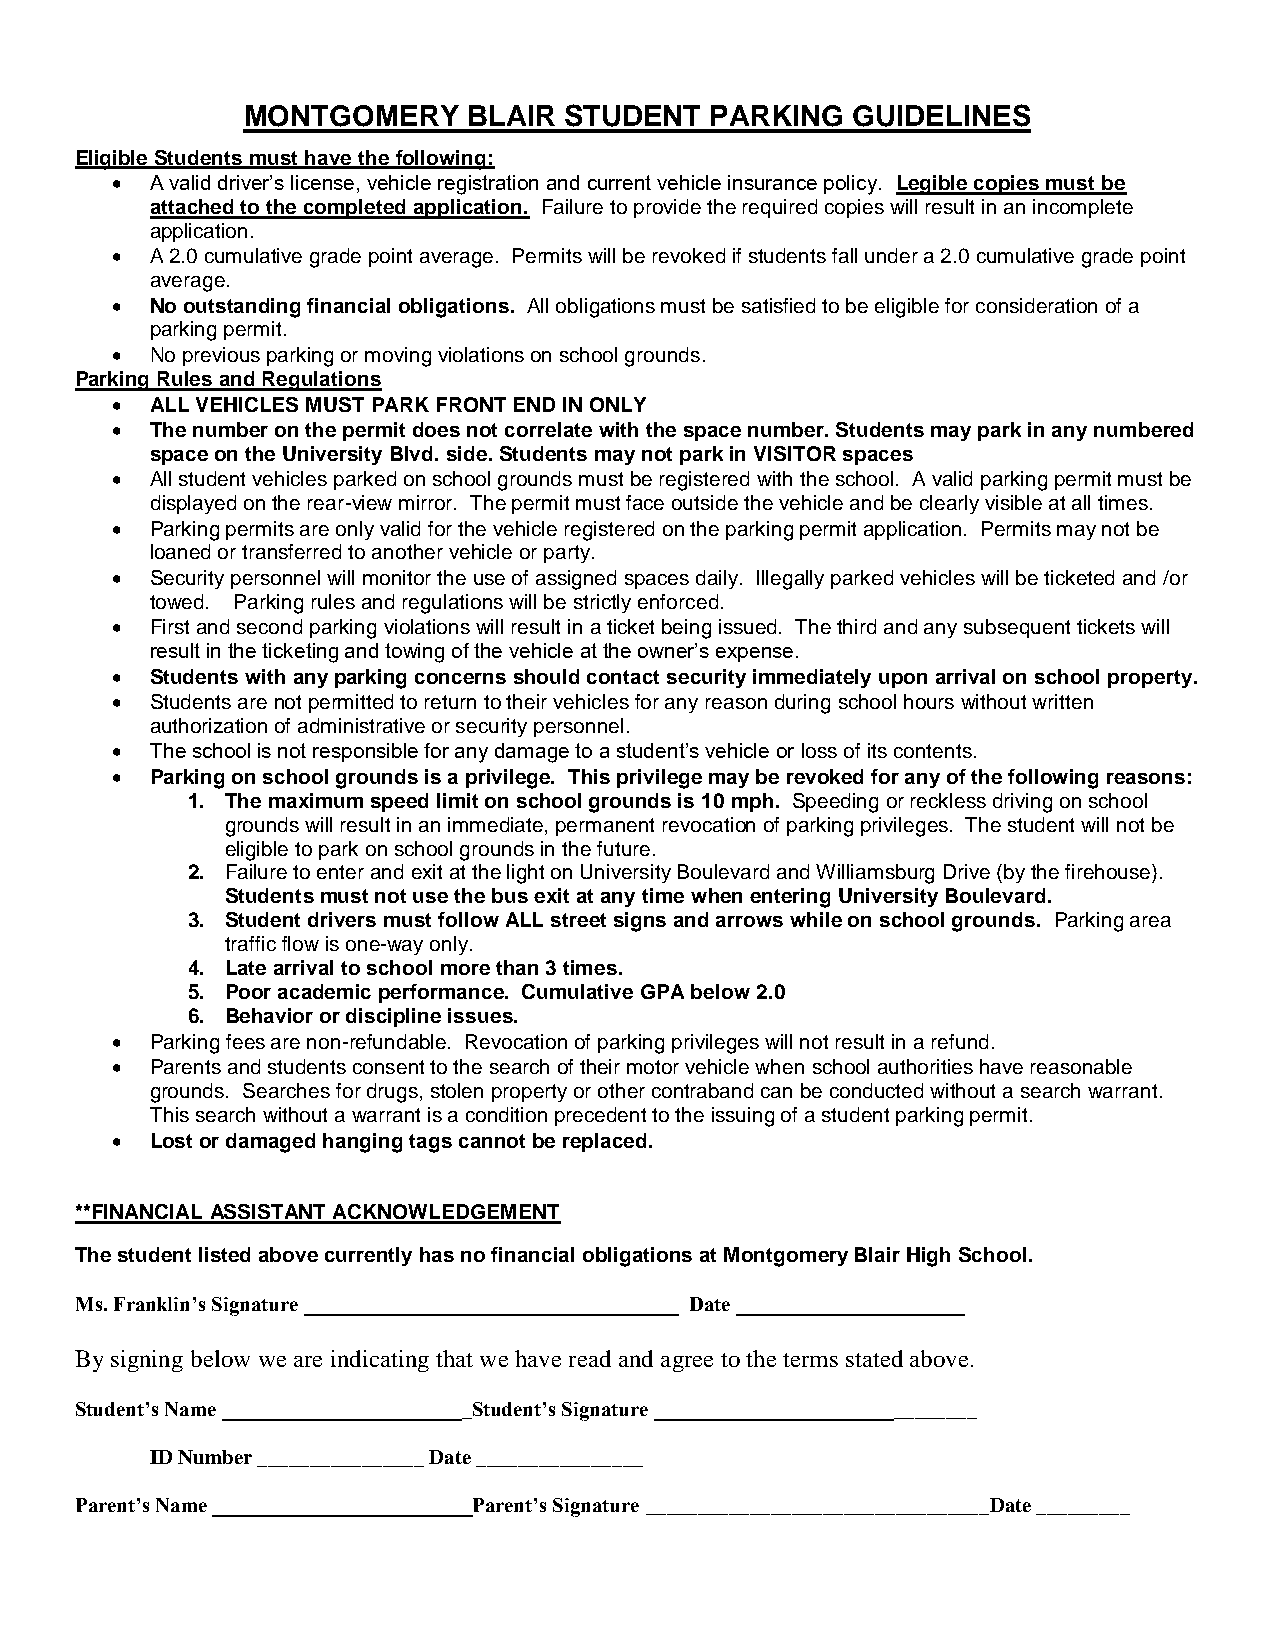
MONTGOMERY     BLAIR STUDENT   PARKING  GUIDELINES
 Eligible Students must have the following:
 •  A valid driver’s license, vehicle registration and current vehicle insurance policy. Legible copies must be
 attached to the completed application. Failure to provide the required copies will result in an incomplete
 application.
 •  A 2.0 cumulative grade point average. Permits will be revoked if students fall under a 2.0 cumulative grade point
 average.
 •  No outstanding financial obligations. All obligations must be satisfied to be eligible for consideration of a
 parking permit.
 •  No previous parking or moving violations on school grounds.
 Parking Rules and Regulations
 •  ALL VEHICLES MUST PARK FRONT END IN ONLY
 •  The number on the permit does not correlate with the space number. Students may park in any numbered
 space on the University Blvd. side. Students may not park in VISITOR spaces
 •  All student vehicles parked on school grounds must be registered with the school. A valid parking permit must be
 displayed on the rear-view mirror. The permit must face outside the vehicle and be clearly visible at all times.
 •  Parking permits are only valid for the vehicle registered on the parking permit application. Permits may not be
 loaned or transferred to another vehicle or party.
 •  Security personnel will monitor the use of assigned spaces daily. Illegally parked vehicles will be ticketed and /or
 towed. Parking rules and regulations will be strictly enforced.
 •  First and second parking violations will result in a ticket being issued. The third and any subsequent tickets will
 result in the ticketing and towing of the vehicle at the owner’s expense.
 •  Students with any parking concerns should contact security immediately upon arrival on school property.
 •  Students are not permitted to return to their vehicles for any reason during school hours without written
 authorization of administrative or security personnel.
 •  The school is not responsible for any damage to a student’s vehicle or loss of its contents.
 •  Parking on school grounds is a privilege. This privilege may be revoked for any of the following reasons:
 1. The maximum speed limit on school grounds is 10 mph. Speeding or reckless driving on school
 grounds will result in an immediate, permanent revocation of parking privileges. The student will not be
 eligible to park on school grounds in the future.
 2. Failure to enter and exit at the light on University Boulevard and Williamsburg Drive (by the firehouse).
 Students must not use the bus exit at any time when entering University Boulevard.
 3. Student drivers must follow ALL street signs and arrows while on school grounds. Parking area
 traffic flow is one-way only.
 4. Late arrival to school more than 3 times.
 5. Poor academic performance. Cumulative GPA below 2.0
 6. Behavior or discipline issues.
 •  Parking fees are non-refundable. Revocation of parking privileges will not result in a refund.
 •  Parents and students consent to the search of their motor vehicle when school authorities have reasonable
 grounds. Searches for drugs, stolen property or other contraband can be conducted without a search warrant.
 This search without a warrant is a condition precedent to the issuing of a student parking permit.
 •  Lost or damaged hanging tags cannot be replaced.
 **FINANCIAL ASSISTANT ACKNOWLEDGEMENT
 The student listed above currently has no financial obligations at Montgomery Blair High School.
 Ms. Franklin’s Signature ____________________________________ Date ______________________
 By signing below we are indicating that we have read and agree to the terms stated above.
 Student’s Name ________________________Student’s Signature _______________________________
 ID Number ________________ Date ________________
 Parent’s Name _________________________Parent’s Signature _________________________________Date _________